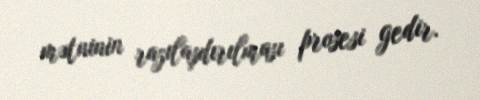
mətninin razılaşdırılması prosesi gedir.